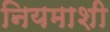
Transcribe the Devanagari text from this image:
नियमाशी